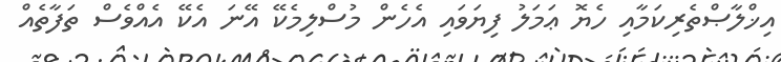
އިޚްލާޞްތެރިކަމާއި ހެޔޮ ޢަމަލު ފިޔަވައި އެހެން މުސްލިމެކޭ އޭނަ އެކޭ އެއްވެސް ތަފާތެއް